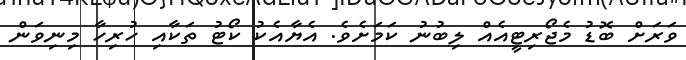
ވަރަށް ބޮޑު މެޖޯރިޓީއެއް ލިބުނު ކަމަށެވެ. އެޔާއެކު ކޯޓު ތަކާއި ހުރިހާ މިނިވަން